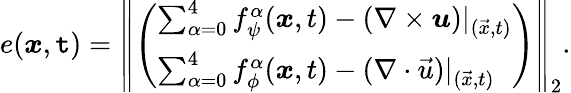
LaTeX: e(\boldsymbol{x},\mathtt{t})=\left\lVert\left(\begin{array}{l}{\sum_{\alpha=0}^{4}f_{\psi}^{\alpha}(\boldsymbol{x},t)-(\nabla\times\boldsymbol{u})\vert_{(\vec{x},t)}}\\ {\sum_{\alpha=0}^{4}f_{\phi}^{\alpha}(\boldsymbol{x},t)-(\nabla\cdot{\vec{u}})\vert_{(\vec{x},t)}}\end{array}\right)\right\rVert_{2}.